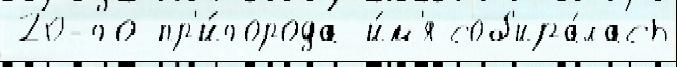
20-го пр'и́города и́м'я соб'ира́лась